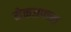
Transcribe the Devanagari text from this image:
मेकअपच्या